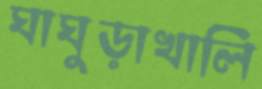
ঘাঘুড়াখালি